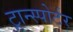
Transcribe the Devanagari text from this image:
ट्रान्स्पोर्टर